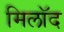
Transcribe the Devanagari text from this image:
मिलॉद